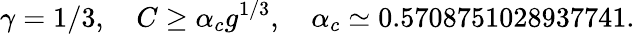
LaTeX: \gamma=1/3,\quad C\geq\alpha_{c}g^{1/3},\quad\alpha_{c}\simeq 0.5708751028937741.